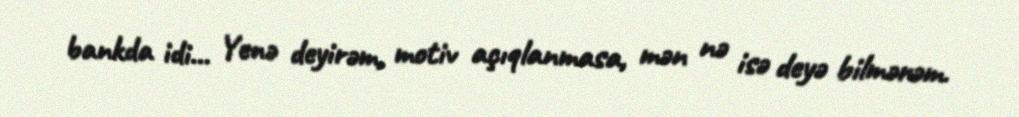
bankda idi... Yenə deyirəm, motiv açıqlanmasa, mən nə isə deyə bilmərəm.